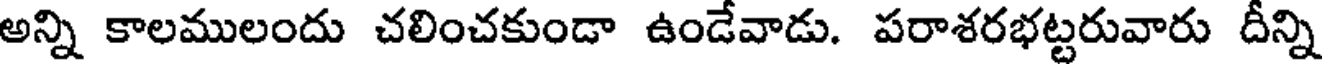
అన్ని కాలములందు చలించకుండా ఉండేవాడు. పరాశరభట్టరువారు దీన్ని